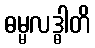
ဓမ္မလဒ္ဓါတိ